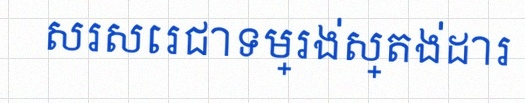
សរសេរជាទម្រង់ស្តង់ដារ